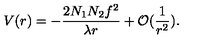
V ( r ) = - \frac { 2 N _ { 1 } N _ { 2 } f ^ { 2 } } { \lambda r } + { \cal O } ( \frac { 1 } { r ^ { 2 } } ) .